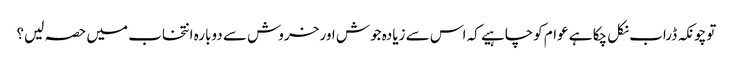
توچونکہ ڈراب نکل چکا ہے عوام کوچاہیے کہ اس سے زیادہ جوش اور خروش سے دوبارہ انتخاب میں حصہ لیں؟